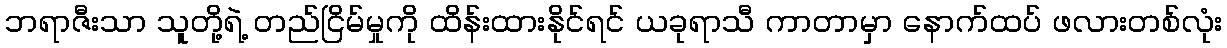
ဘရာဇီးသာ သူတို့ရဲ့ တည်ငြိမ်မှုကို ထိန်းထားနိုင်ရင် ယခုရာသီ ကာတာမှာ နောက်ထပ် ဖလားတစ်လုံး